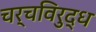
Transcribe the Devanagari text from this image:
चर्चविरुद्ध